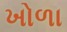
ખોળા